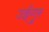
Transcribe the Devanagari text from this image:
उईगुर